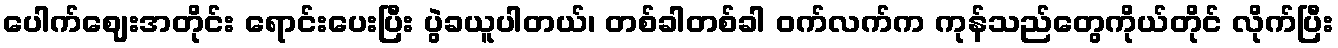
ပေါက်ဈေးအတိုင်း ရောင်းပေးပြီး ပွဲခယူပါတယ်၊ တစ်ခါတစ်ခါ ဝက်လက်က ကုန်သည်တွေကိုယ်တိုင် လိုက်ပြီး